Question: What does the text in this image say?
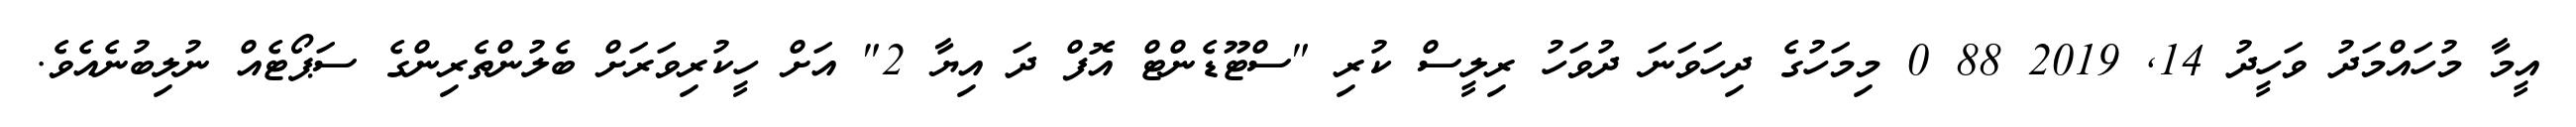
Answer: އީމާ މުހައްމަދު ވަހީދު 14, 2019 88 0 މިމަހުގެ ދިހަވަނަ ދުވަހު ރިލީސް ކުރި "ސްޓޫޑެންޓް އޮފް ދަ އިޔާ 2" އަށް ހީކުރިވަރަށް ބެލުންތެރިންގެ ސަޕޯޓެއް ނުލިބުނެއެވެ.